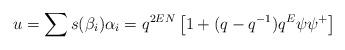
LaTeX: \begin{align*}u=\sum s(\beta_{i})\alpha_{i}=q^{2EN}\left[1+(q-q^{-1})q^{E}\psi\psi^{+}\right]\end{align*}